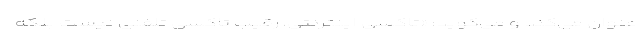
عنوان می‌کند و می‌گوید: «تاکسی اینترنتی، رقیب تاکسی تلفنی نیست بلکه